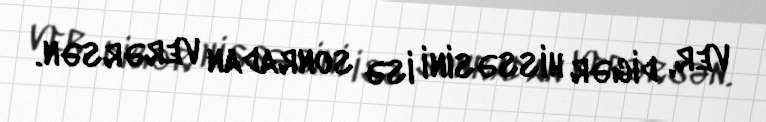
ver, digər hissəsini isə sonradan verərsən.